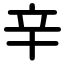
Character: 辛